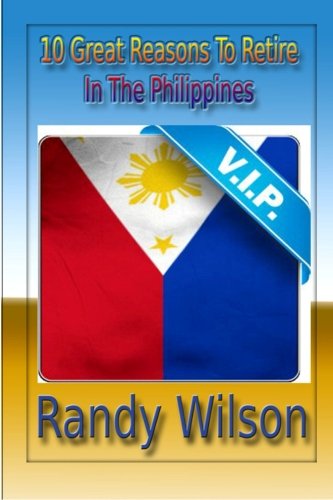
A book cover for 10 Great Reasons To Retire In The Philippines; Randy Wilson; Travel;